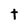
Character: t